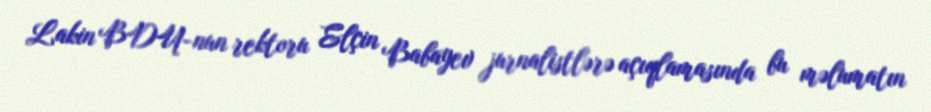
Lakin BDU-nun rektoru Elçin Babayev jurnalistlərə açıqlamasında bu məlumatın